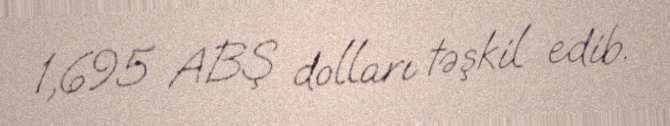
1,695 ABŞ dolları təşkil edib.